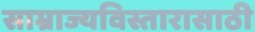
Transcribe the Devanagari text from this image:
साम्राज्यविस्तारासाठी